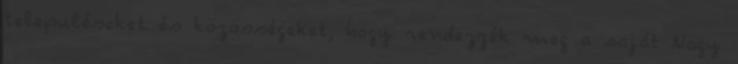
településeket és közösségeket, hogy rendezzék meg a saját Nagy